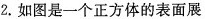
2.如图是一个正方体的表面展